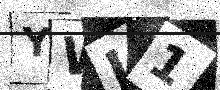
Text: YWJ1